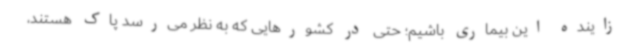
زاینده این بیماری باشیم؛ حتی در کشورهایی که به نظر می‌رسد پاک هستند،